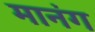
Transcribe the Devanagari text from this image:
मानंग